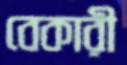
বেকারী